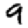
Digit: 9